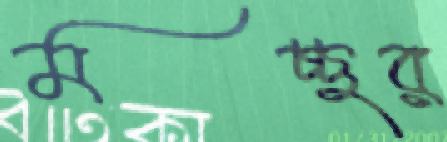
মচ্ছর